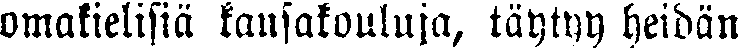
omakielisiä kansakouluja, täytyy heidän